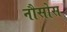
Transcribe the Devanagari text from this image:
नौसोस